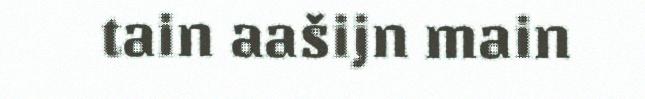
tain aašijn main